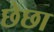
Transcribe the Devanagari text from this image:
छेछा